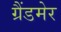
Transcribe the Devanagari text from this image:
ग्रैंडमेर